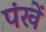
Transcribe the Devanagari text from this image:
पंखें